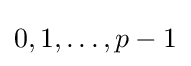
0,1,\ldots ,p-1